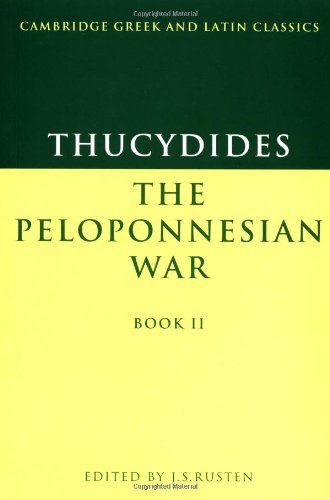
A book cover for Thucydides: The Peloponnesian War Book II (Cambridge Greek and Latin Classics) (Greek Edition); Thucydides; Reference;